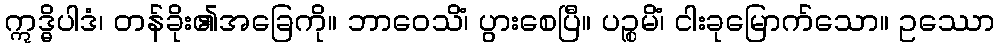
ဣဒ္ဓိပါဒံ၊ တန်ခိုး၏အခြေကို။ ဘာဝေသိံ၊ ပွားစေပြီ။ ပဉ္စမိံ၊ ငါးခုမြောက်သော။ ဥဿော